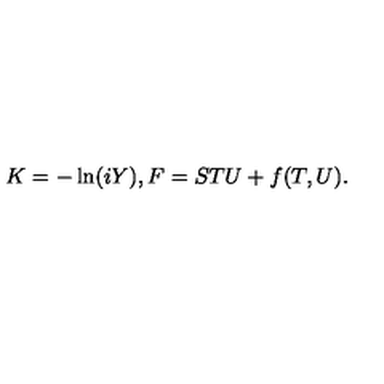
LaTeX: K = - \ln ( i Y ) , F = S T U + f ( T , U ) .